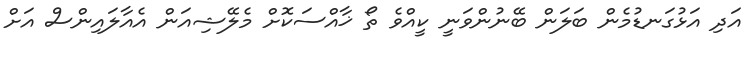
އަދި އަޅުގަނޑުމެން ބަލަން ބޭނުންވަނީ ކީއްވެ ތޯ ޚާއްސަކޮށް މެލޭޝިއަން އެއާލައިންސް އަށް